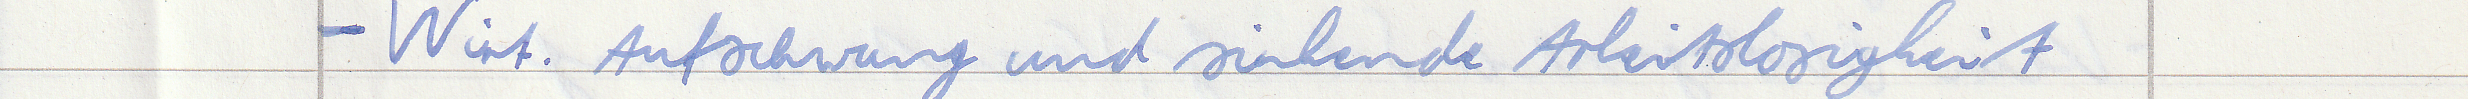
- Wirt. Aufschwung und sinkende Arbeitslosigkeit